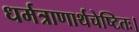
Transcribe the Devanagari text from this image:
धर्मत्राणार्थचेष्टितः।